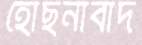
হোছনাবাদ